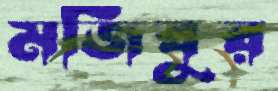
মজিবুর